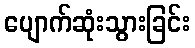
ပျောက်ဆုံးသွားခြင်း